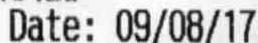
DATE: 09/08/17